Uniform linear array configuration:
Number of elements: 32
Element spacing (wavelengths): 0.75
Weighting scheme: blackman
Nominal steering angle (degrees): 60
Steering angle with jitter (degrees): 60.924
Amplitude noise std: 0.05
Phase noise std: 0.05

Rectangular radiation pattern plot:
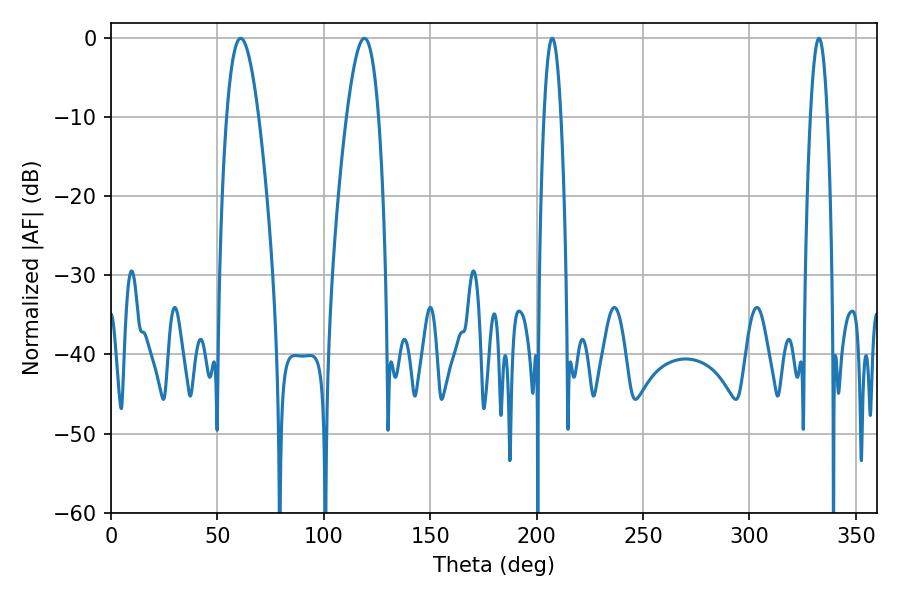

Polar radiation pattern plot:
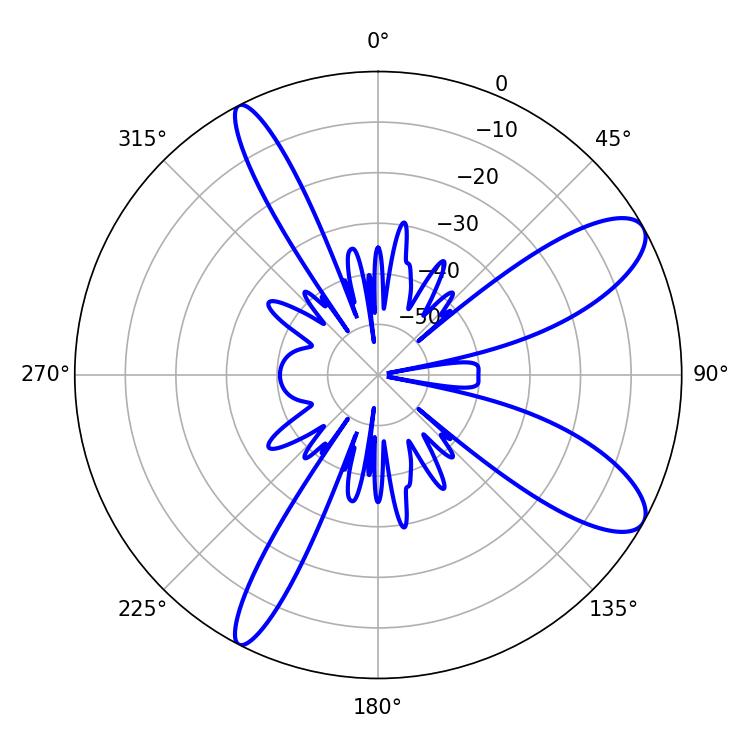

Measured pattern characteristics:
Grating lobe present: TRUE
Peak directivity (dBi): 10.111
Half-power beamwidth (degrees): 4.32
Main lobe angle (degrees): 207.36